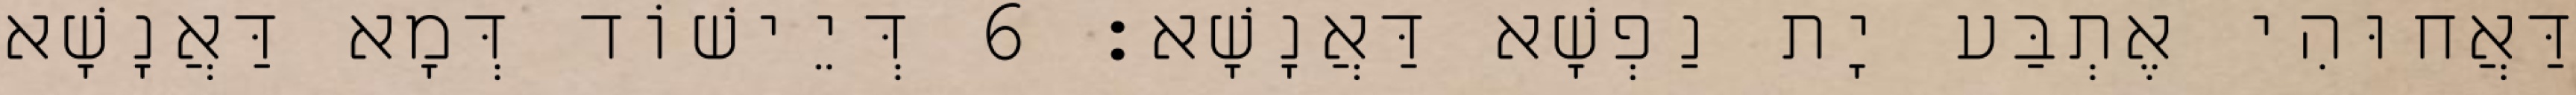
דַּאֲחוּהִי אֶתְבַּע יָת נַפְשָׁא דַּאֲנָשָׁא׃ 6 דְּיֵישׁוֹד דְּמָא דַּאֲנָשָׁא